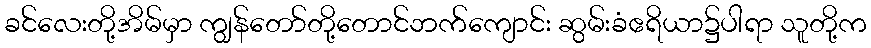
ခင်လေးတို့အိမ်မှာ ကျွန်တော်တို့တောင်ဘက်ကျောင်း ဆွမ်းခံဧရိယာ၌ပါရာ သူတို့က